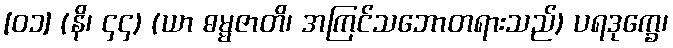
[၀၁] (နိ၊ ၄၄) (ယာ ဓမ္မဇာတိ၊ အကြင်သဘောတရားသည်) ပရဒုက္ခေ၊